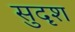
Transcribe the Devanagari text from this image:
सुदृश